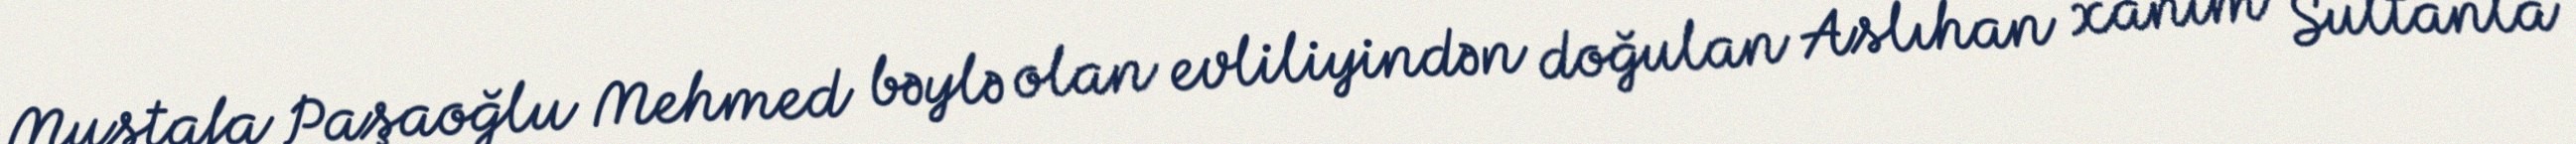
Mustafa Paşaoğlu Mehmed bəylə olan evliliyindən doğulan Aslıhan xanım Sultanla